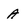
Character: A